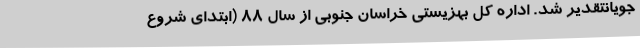
جویانتقدیر شد. اداره کل بهزیستی خراسان جنوبی از سال 88 (ابتدای شروع